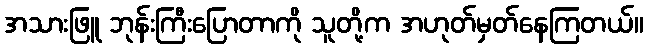
အသားဖြူ ဘုန်းကြီးပြောတာကို သူတို့က အဟုတ်မှတ်နေကြတယ်။